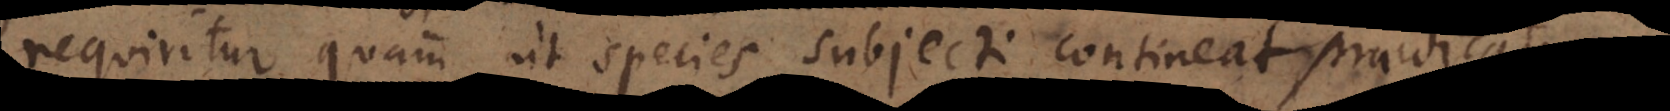
equiritur quam ut species subjecti contineat pra